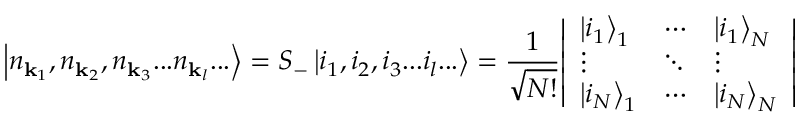
\left| n _ { \mathbf { k } _ { 1 } } , n _ { \mathbf { k } _ { 2 } } , n _ { \mathbf { k } _ { 3 } } . . . n _ { \mathbf { k } _ { l } } . . . \right\rangle = S _ { - } \left| i _ { 1 } , i _ { 2 } , i _ { 3 } . . . i _ { l } . . . \right\rangle = { \frac { 1 } { \sqrt { N ! } } } { \left| \begin{array} { l l l } { \left| i _ { 1 } \right\rangle _ { 1 } } & { \cdots } & { \left| i _ { 1 } \right\rangle _ { N } } \\ { \vdots } & { \ddots } & { \vdots } \\ { \left| i _ { N } \right\rangle _ { 1 } } & { \cdots } & { \left| i _ { N } \right\rangle _ { N } } \end{array} \right| }